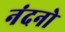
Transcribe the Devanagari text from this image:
नंदनो